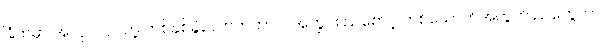
ခြံထဲမှာ အလုပ်လုပ်တဲ့ တစ်နှစ်ခွဲလောက်ကာလအတွင်း ညစောင့် တစ်ယောက်အတွက် ညတွေဟာ